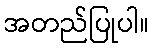
အတည်ပြုပါ။